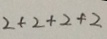
2 + 2 + 2 + 2